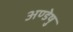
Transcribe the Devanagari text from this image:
अण्डेषु